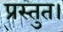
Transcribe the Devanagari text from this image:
प्रस्तुत।